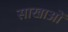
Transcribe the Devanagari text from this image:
साखाओं